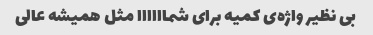
بی نظیر واژه‌ی کمیه برای شماااااا مثل همیشه عالی